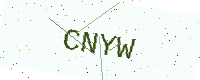
Text: CNYW